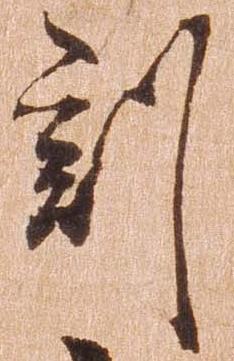
刻